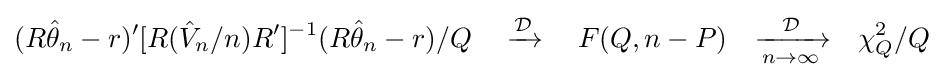
(R{\hat {\theta }}_{n}-r)'[R({\hat {V}}_{n}/n)R']^{-1}(R{\hat {\theta }}_{n}-r)/Q\quad \xrightarrow {\mathcal {D}} \quad F(Q,n-P)\quad {\xrightarrow[{n\rightarrow \infty }]{\mathcal {D}}}\quad \chi _{Q}^{2}/Q